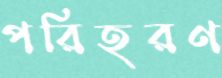
পরিহরণ